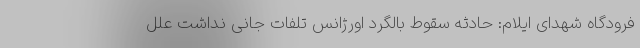
فرودگاه شهدای ایلام: حادثه سقوط بالگرد اورژانس تلفات جانی نداشت علل